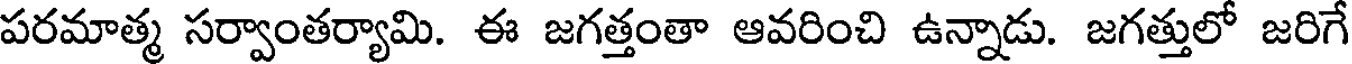
పరమాత్మ సర్వాంతర్యామి. ఈ జగత్తంతా ఆవరించి ఉన్నాడు. జగత్తులో జరిగే